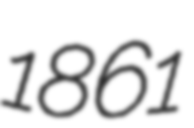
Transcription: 1861